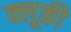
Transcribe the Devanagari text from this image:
क्लूकी